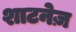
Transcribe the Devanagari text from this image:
शाटनेज़